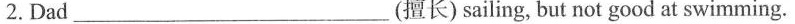
2.Dad____(擅长)sailing, but not good at swimming.